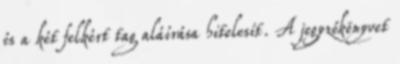
és a két felkért tag aláírása hitelesít. A jegyzőkönyvet